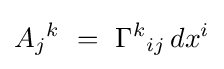
A_{j}{}^{k}\ =\ \Gamma ^{k}{}_{ij}\,dx^{i}